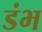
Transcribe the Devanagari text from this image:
डंभ